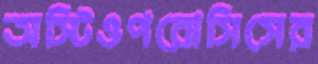
অস্টিওপরোসিসের